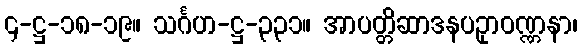
၄-ဋ္ဌ-၁၈-၁၉။ သင်္ဂဟ-ဋ္ဌ-၃၃၁။ အာပတ္တိဆာဒနပဥှာဝဏ္ဏနာ၊